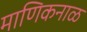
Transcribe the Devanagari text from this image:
माणिकनाळ